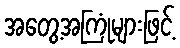
အတွေ့အကြုံများဖြင့်